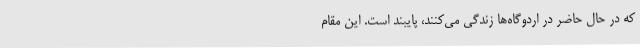
که در حال حاضر در اردوگاه‌ها زندگی می‌کنند، پایبند است. این مقام